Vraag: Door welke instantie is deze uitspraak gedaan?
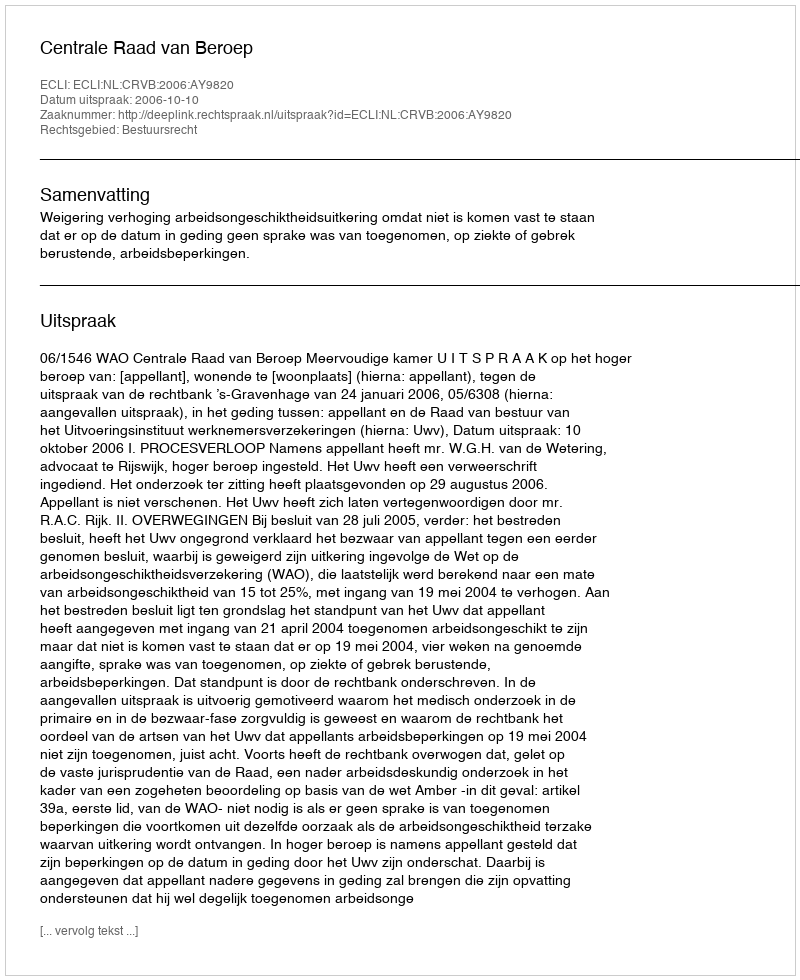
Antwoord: Centrale Raad van Beroep